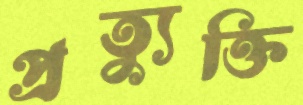
প্রত্যুক্তি